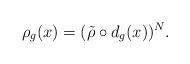
LaTeX: \begin{align*}\rho_g(x)= ({\tilde\rho}\circ d_g(x))^N.\end{align*}